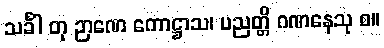
သင်္ခါ တု ဉာဏေ ကောဋ္ဌာသ၊ ပညတ္တိ ဂဏနေသု စ။